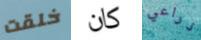
خلقت كان ذراعي